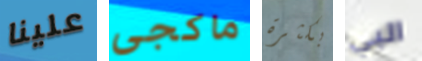
علينا ماكجى بكثرة البي